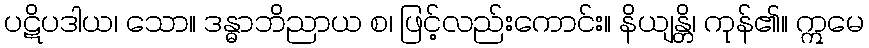
ပဋိပဒါယ၊ သော။ ဒန္ဓာဘိညာယ စ၊ ဖြင့်လည်းကောင်း။ နိယျန္တိ၊ ကုန်၏။ ဣမေ